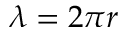
\lambda = 2 \pi r